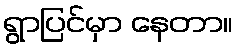
ရွာပြင်မှာ နေတာ။